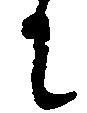
に